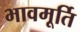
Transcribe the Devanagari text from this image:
भावमूर्ति